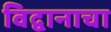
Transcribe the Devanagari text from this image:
विद्वानाचा